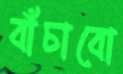
বাঁচাবো